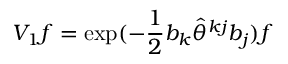
V _ { 1 } f = \exp ( - \frac { 1 } { 2 } b _ { k } \widehat { \theta } ^ { k j } b _ { j } ) f